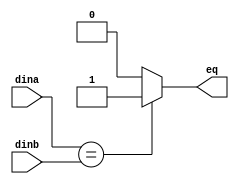
`timescale 1ns / 1ps
//////////////////////////////////////////////////////////////////////////////////
// 
// Design Name: 
// Module Name: IDEQ
// 
//////////////////////////////////////////////////////////////////////////////////


module idEq
(
    input  wire [31:0] dina,
    input  wire [31:0] dinb,
    output wire eq
);

assign eq = (dina == dinb) ? 1:0;
endmodule